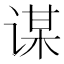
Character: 谋